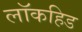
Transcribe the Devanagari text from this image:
लॉकहिड